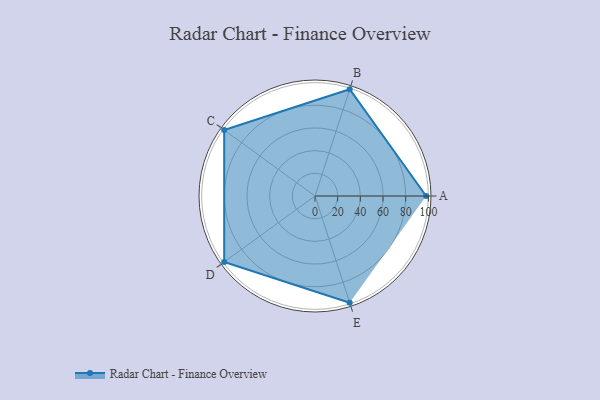
{"axis": {"x": "Skill", "y": "Score"}, "legend": ["Profile"], "data": [{"x": "A", "y": 98.0, "type": "Profile"}, {"x": "B", "y": 99, "type": "Profile"}, {"x": "C", "y": 99, "type": "Profile"}, {"x": "D", "y": 99, "type": "Profile"}, {"x": "E", "y": 99, "type": "Profile"}]}